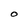
Character: O